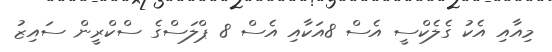
މިއާއި އެކު ގެލެކްސީ އެސް 8އަކާއި އެސް 8 ޕްލަސްގެ ސްކްރީން ސައިޒު